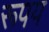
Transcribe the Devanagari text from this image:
रूपय